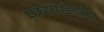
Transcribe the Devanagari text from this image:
एक्स्पेडिशंस